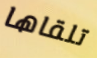
تلقاها